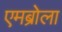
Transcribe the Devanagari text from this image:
एमब्रोला